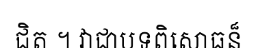
ជិត ។ វាជាបទពិសោធន៏